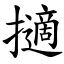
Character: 擿